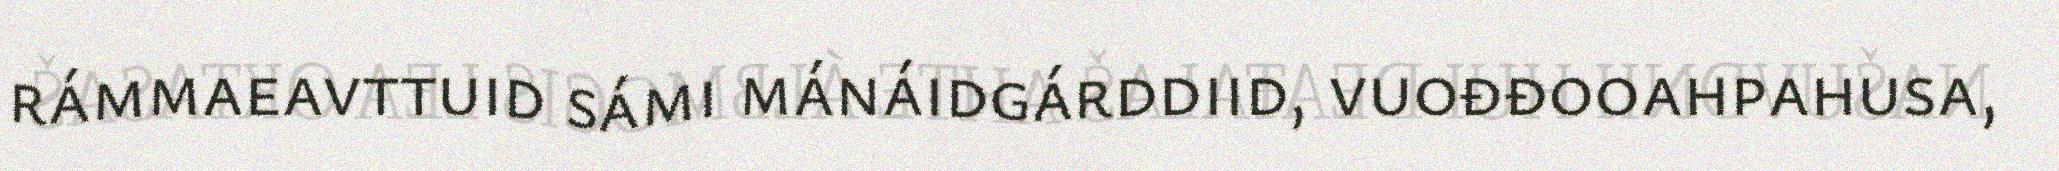
rámmaeavttuid sámi mánáidgárddiid, vuođđooahpahusa,